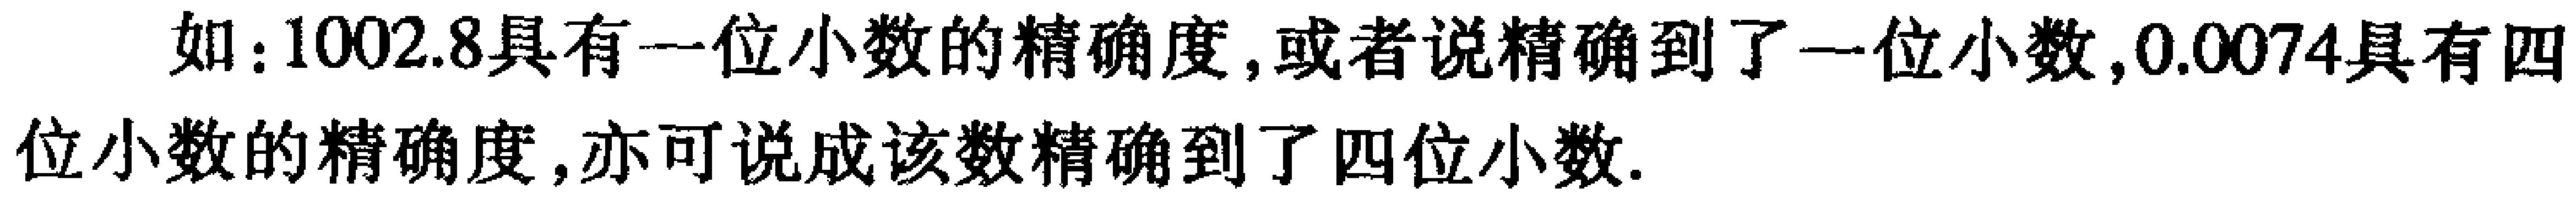
如：\(1002.8\)具有一位小数的精确度,或者说精确到了一位小数,\(0.0074\)具有四位小数的精确度,亦可说成该数精确到了四位小数.